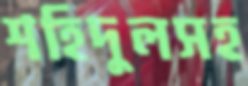
শহিদুলসহ